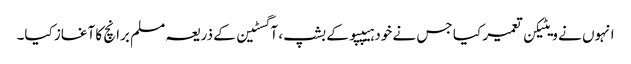
انہوں نے ویٹیکن تعمیر کیا جس نے خود ہیپپو کے بشپ ، آگسٹین کے ذریعہ مسلم برانچ کا آغاز کیا۔